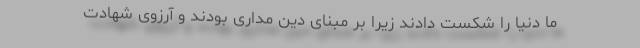
ما دنیا را شکست دادند زیرا بر مبنای دین مداری بودند و آرزوی شهادت